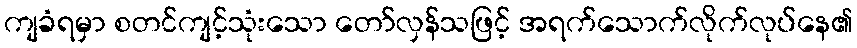
ကျခံရမှာ စတင်ကျင့်သုံးသော တော်လှန်သဖြင့် အရက်သောက်လိုက်လုပ်နေ၏